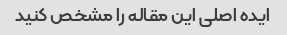
ایده اصلی این مقاله را مشخص کنید